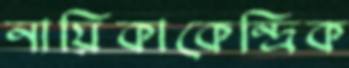
নায়িকাকেন্দ্রিক